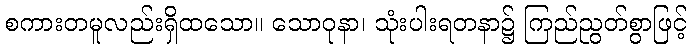
စကားတမူလည်းရှိထသော။ သောဝုနာ၊ သုံးပါးရတနာ၌ ကြည်ညွတ်စွာဖြင့်